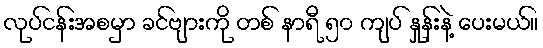
လုပ်ငန်းအစမှာ ခင်ဗျားကို တစ် နာရီ ၅၀ ကျပ် နှုန်းနဲ့ ပေးမယ်။